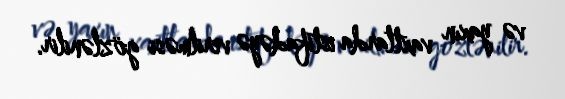
və yaxın vaxtlarda istifadəyə verilməsi gözlənilir.